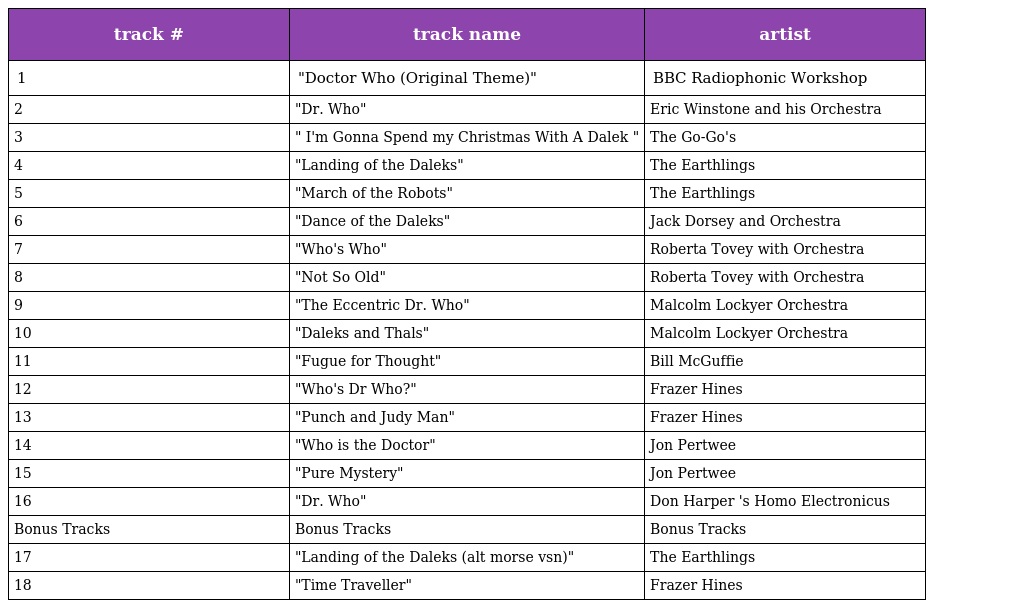
| track # | track name | artist |
 | --- | --- | --- |
 | 1 | "Doctor Who (Original Theme)" | BBC Radiophonic Workshop |
 | 2 | "Dr. Who" | Eric Winstone and his Orchestra |
 | 3 | " I'm Gonna Spend my Christmas With A Dalek " | The Go-Go's |
 | 4 | "Landing of the Daleks" | The Earthlings |
 | 5 | "March of the Robots" | The Earthlings |
 | 6 | "Dance of the Daleks" | Jack Dorsey and Orchestra |
 | 7 | "Who's Who" | Roberta Tovey with Orchestra |
 | 8 | "Not So Old" | Roberta Tovey with Orchestra |
 | 9 | "The Eccentric Dr. Who" | Malcolm Lockyer Orchestra |
 | 10 | "Daleks and Thals" | Malcolm Lockyer Orchestra |
 | 11 | "Fugue for Thought" | Bill McGuffie |
 | 12 | "Who's Dr Who?" | Frazer Hines |
 | 13 | "Punch and Judy Man" | Frazer Hines |
 | 14 | "Who is the Doctor" | Jon Pertwee |
 | 15 | "Pure Mystery" | Jon Pertwee |
 | 16 | "Dr. Who" | Don Harper 's Homo Electronicus |
 | Bonus Tracks | Bonus Tracks | Bonus Tracks |
 | 17 | "Landing of the Daleks (alt morse vsn)" | The Earthlings |
 | 18 | "Time Traveller" | Frazer Hines |